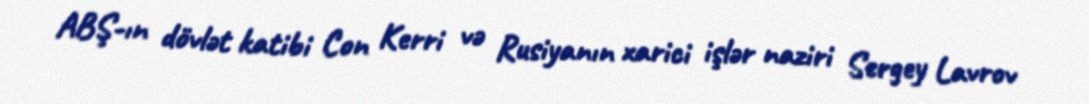
ABŞ-ın dövlət katibi Con Kerri və Rusiyanın xarici işlər naziri Sergey Lavrov